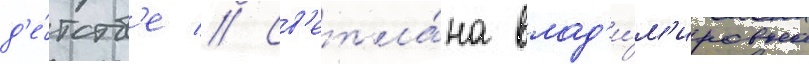
д'е́тств'е // Св'етла́на влад'и́м'ировна